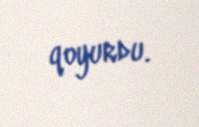
qoyurdu.